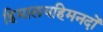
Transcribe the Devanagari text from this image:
हिमालयहिमनदों